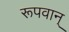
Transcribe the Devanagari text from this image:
रूपवान्